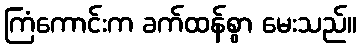
ကြံကောင်းက ခက်ထန်စွာ မေးသည်။